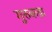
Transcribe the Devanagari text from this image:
गुरुकन्ना